Rongu_vallavalitsus, lk 6
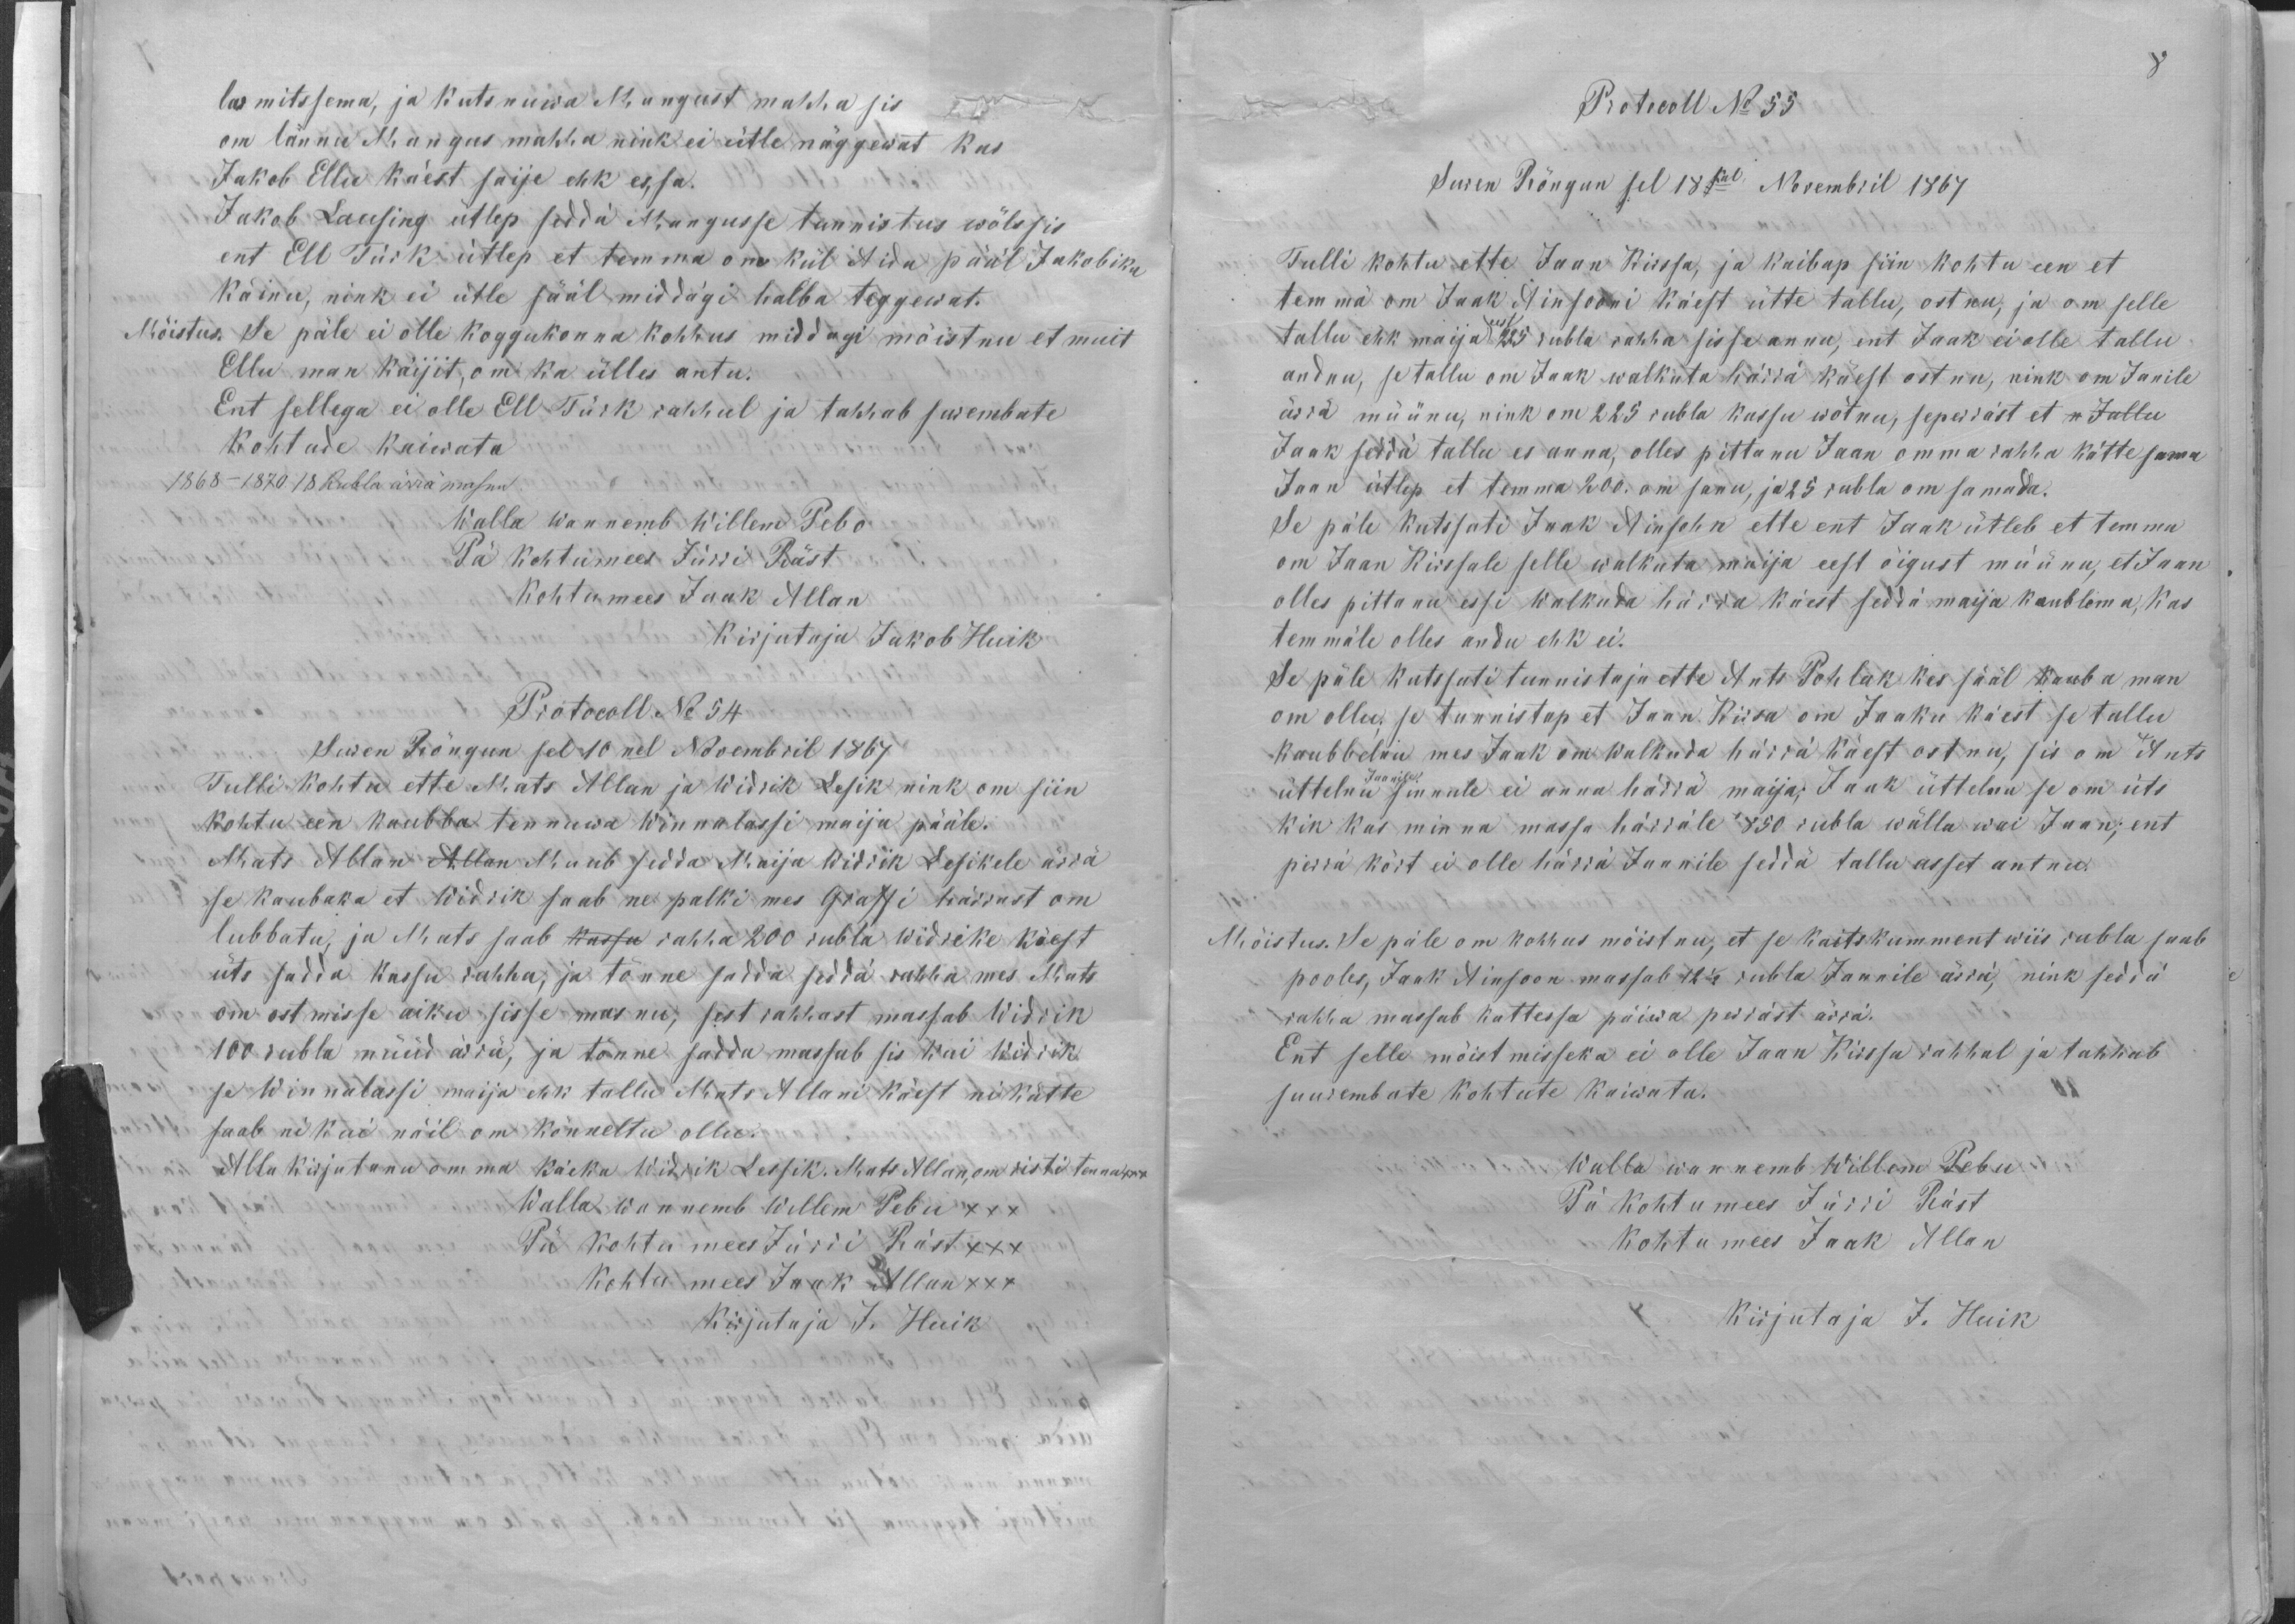
larmitssema, ja kutsnuwa Mangust mahha sis
om lännu Mangus mahha nink ei ütle näggewat kus
Jakob Ellu käest saije ehk es, sa.
Jakob Lausing ütlep sedda Mangusse tunnistus wõlssis
ent Ell Türk ütlep et temma om kül Aida pääl Jakobika
käinu, nink ei ütle sääl middagi halba teggewat.
Mõistus. Se päle ei olle koggukonna kohhus midagi mõisnu et muit
Ellu man käijit, om ka ülles antu.
Ent sellega ei olle Ell Türk rahhul ja tahhab surembate
kohtude kaiwata
1868-1870. 18 Rubla ärrä masnu.
Walla wannemb Willem Pebo
Pä kohtumees Jürri Räst
Kohtumees Jaak Allan
Kirjutaja Jakob Huik
Protocoll No 54
Suren Rõngun sel 10nel Novembril 1867
Tulli kohtu ette Mats Allan ja Widrik Lesik nink om siin
kohtu een kaubba tennuwa Winnalassi maija pääle.
Mats Allan Allan Muub sedda Maija Widrik Lesikele ärrä
se kaubaka et Widrik saab ne palki mes Graffi härrast om
lubbatu, ja Mats saab kassu rahha 200 rubla Widrike käest
üts sadda kassu rahha, ja tõnne sadda seddä rahha mes Mats
om ostmisse aiku sisse masnu, sest rahhast massab Widrik
100 rubla nüüd ärrä, ja tõnne sadda massab sis kui Widrik
se Winnalassi maija ehk tallu Mats Allani käest ni kätte
saab ni kui näil om kõnneltu ollu.
Alla kirjutanu omma käeka Widrik Lessik. Mats Allan, on risti tennu XXX
Walla wannemb Willem Pebu XXX
Pä kohtu mees Jürri  Räst XXX
Kohtu mees Jaak Allan XXX
Kirjutaja J. Huik

8
Protocoll No 55
Suren Rõngun sel 18sel Novembril 1867
Tulli kohtu ette Jaan Kiissa, ja kaibap siin kohtu een et
temmä om Jaak Ainsooni käest ütte tallu, ostnu; ja om selle
tallu ehk maija eest 225 rubla rahha sisse annu, ent Jaak ei olle tallu
andnu, se tallu om Jaak walkuta härrä käest ostnu, nink om Janile
ärrä müünu, nink om 225 rubla kassu wõtnu, seperräst et n Jullu
Jaak seddä tallu es anna, olles pittanu Jaan omma rahha kätte sama
Jaan ütlep et temma 200. om sanu, ja 25 rubla om samada.
Se päle kutssuti Jaak Ainsohn ette ent Jaak ütleb et temma
om Jaan Kiissale selle walkuta maija eest õigust müünu, et Jaan
olles pittanu essi Walkuda härra käest seddä maija kaublema, kas
temmäle olles andu ehk ei.
Se päle kutssuti tunnistaja ette Ants Pohlak kes sääl kauba man
om ollu; se tunnistap et Jaan Kiisa om Jaaku käest se tallu
kaubbelnu mes Jaak om Walkuda härrä käest ostnu, sis om Ants
üttelnu Jaanile sinnule ei anna härrä maija; Jaak üttelnu se om üts
kik kas minna massa härräle 850 rubla wälla wai Jaan; ent
perrä kõrt ei olle härrä Jaanile sedda tallu asset antnu.
Mõistus. Se päle om kohhus mõistnu, et se kaitskumment wiis rubla saab
pooles, Jaak Ainsoon massab 12 1/2 rubla Jaanile ärrä, nink seddä
rahha massab kattessa päiwa perräst ärrä.
Ent selle mõistmisseka ei olle Jaan Kiissa rahhul ja tahhab
suurembate kohtute kaiwata.
Walla wannemb Willem Pebu
Pä kohtumees Jürri Räst
Kohtu mees Jaak Allan
Kirjutaja J. Huik